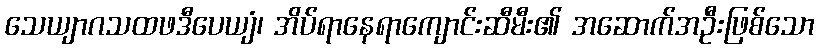
သေယျာဂသထဖဒီပေယျံ၊ အိပ်ရာနေရာကျောင်းဆီမီး၏ အဆောက်အဦးဖြစ်သော